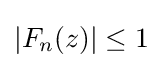
|F_{n}(z)|\leq 1